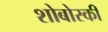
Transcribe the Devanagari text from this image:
शोबोस्की